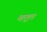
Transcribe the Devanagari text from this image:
बतूत